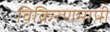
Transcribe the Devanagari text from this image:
विकिरणमापी